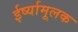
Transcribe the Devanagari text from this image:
ईर्ष्यामूलक